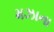
મઝાના